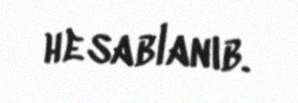
hesablanıb.